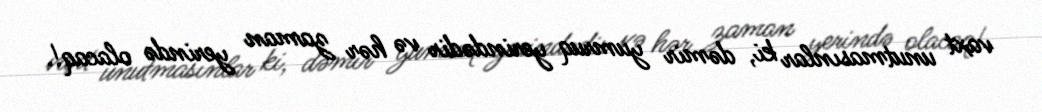
vaxt unutmasınlar ki, dəmir yumruq yerindədir və hər zaman yerində olacaq!.